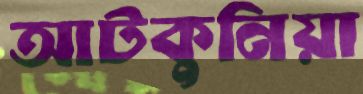
আটকুনিয়া